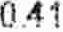
0.41